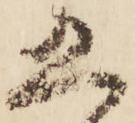
五